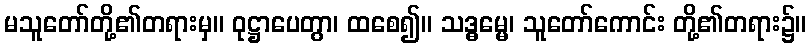
မသူတော်တို့၏တရားမှ။ ဝုဋ္ဌာပေတွာ၊ ထစေ၍။ သဒ္ဓမ္မေ၊ သူတော်ကောင်း တို့၏တရား၌။